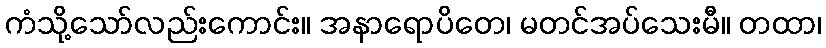
ကံသို့သော်လည်းကောင်း။ အနာရောပိတေ၊ မတင်အပ်သေးမီ။ တထာ၊